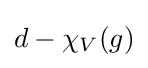
d-\chi _{V}(g)